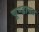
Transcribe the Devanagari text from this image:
चूण्डावत